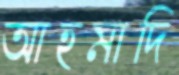
আহমাদি